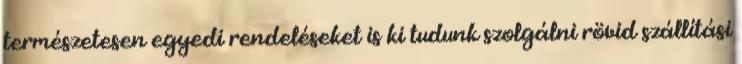
természetesen egyedi rendeléseket is ki tudunk szolgálni rövid szállítási